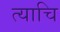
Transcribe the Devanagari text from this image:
त्याचि